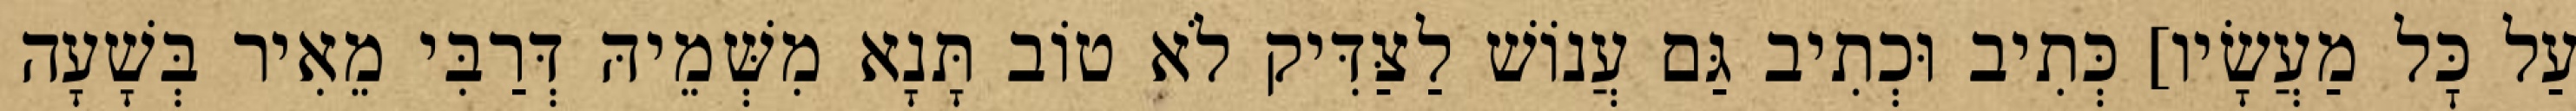
עַל כׇּל מַעֲשָׂיו] כְּתִיב וּכְתִיב גַּם עֲנוֹשׁ לַצַּדִּיק לֹא טוֹב תָּנָא מִשְּׁמֵיהּ דְּרַבִּי מֵאִיר בְּשָׁעָה